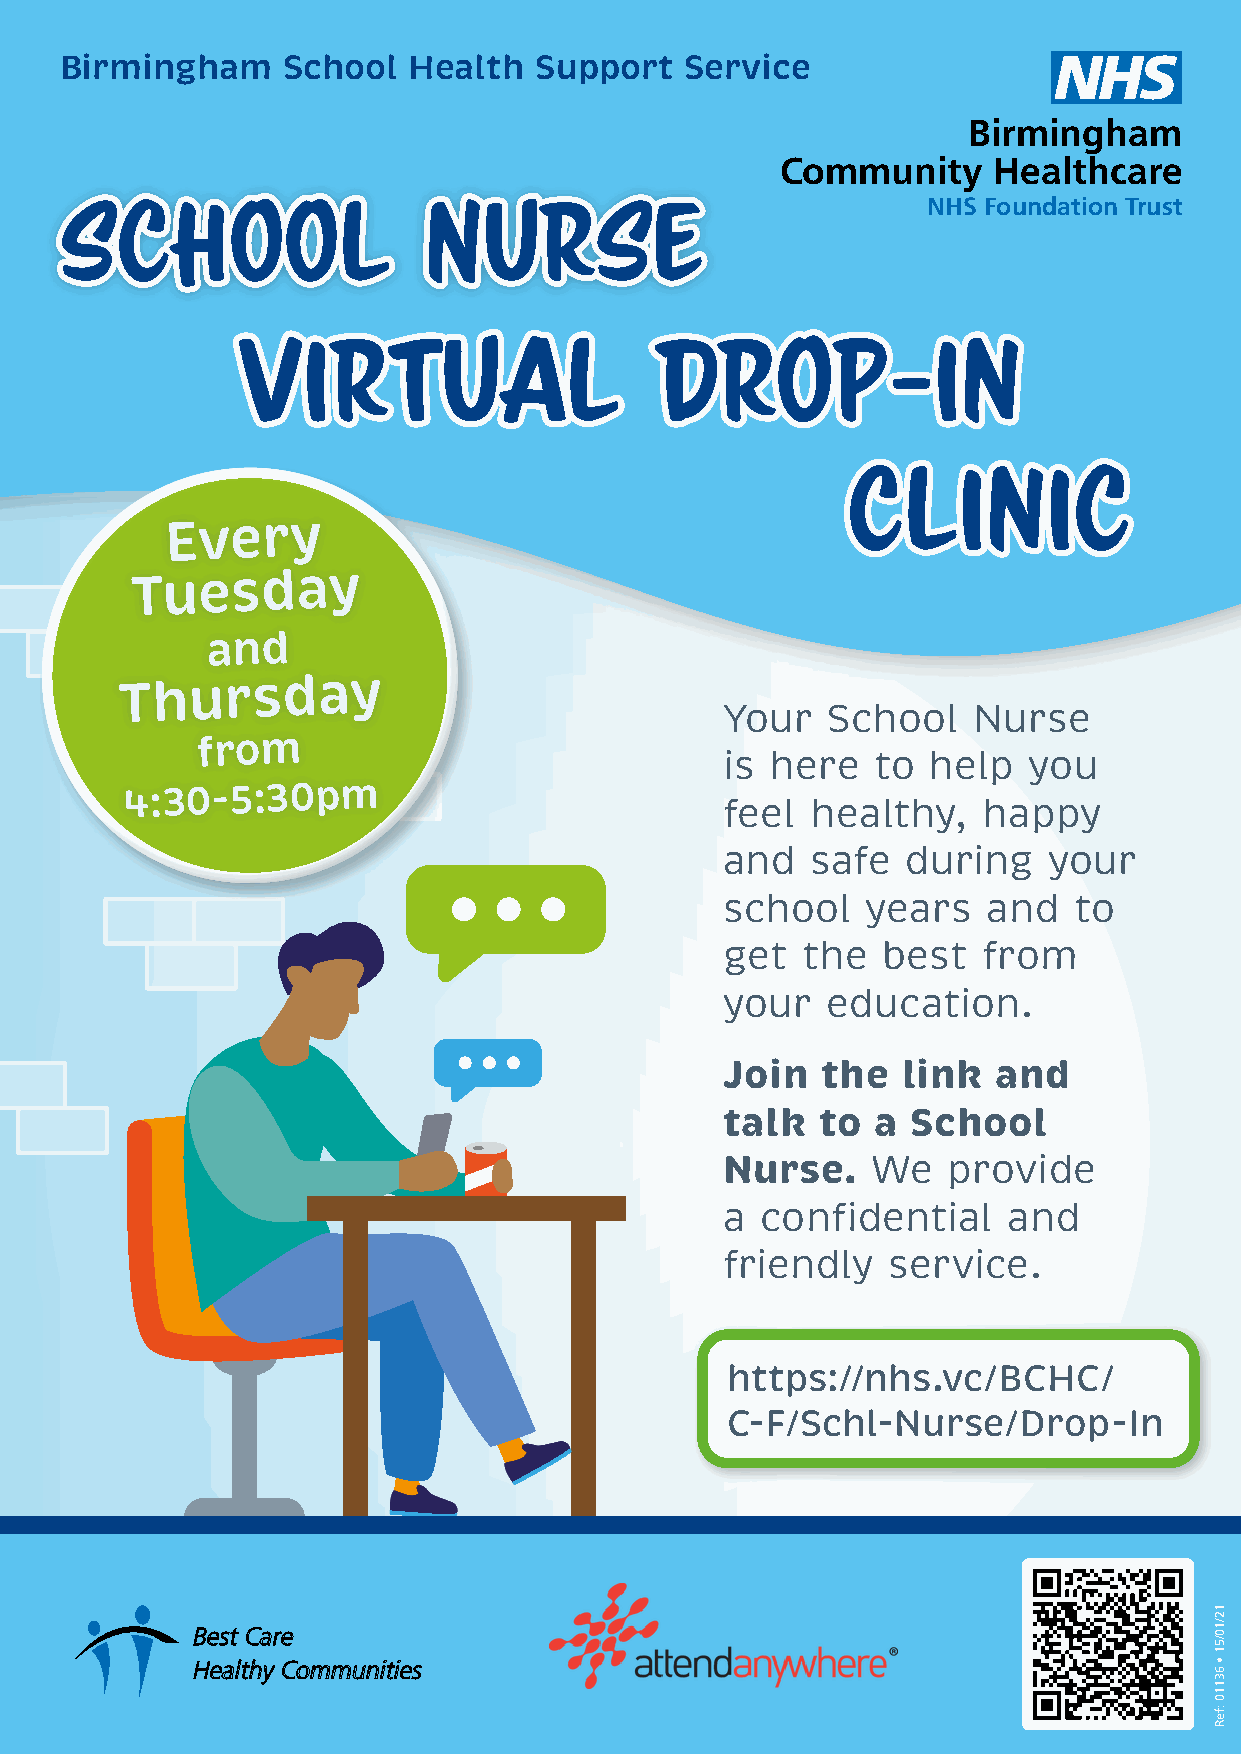
Birmingham     School  Health  Support   Service
 Birmingham
 Community     Healthcare
 NHS Foundation Trust
 SScchhooooll            NNuurrssee
 VViirrttuuaall             DDrroopp--IInn
 CClliinniicc
 Every
 Tuesday
 and
 Thursday
 Your   School   Nurse
 from
 is here   to help   you
 4:30-5:30pm
 feel  healthy,   happy
 and   safe  during   your
 school   years   and   to
 get  the  best   from
 your   education.
 Join  the   link  and
 talk  to  a School
 Nurse.    We   provide
 a confidential     and
 friendly   service.
 https://nhs.vc/BCHC/
 C-F/Schl-Nurse/Drop-In
 BBeesstt CCaarree
 HHeeaalltthhyy CCoommmmuunniittiieess
 12/10/51
 •
 63110
 :feR